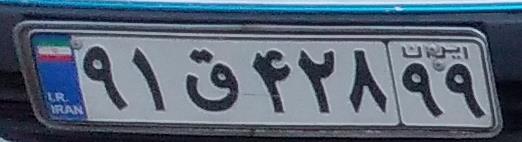
۹۱ق۴۲۸۹۹